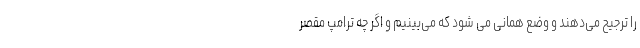
را ترجیح می‌دهند و وضع همانی می شود که می‌بینیم و اگر چه ترامپ مقصر